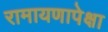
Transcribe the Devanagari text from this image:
रामायणापेक्षा